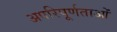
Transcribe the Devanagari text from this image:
अपरिपूर्णताओं